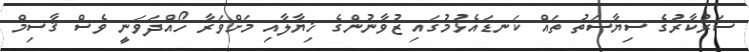
ސަރުކާރުގެ ސިޔާސަތު ތައް ކަނޑައެޅުމުގައި ޒުވާނުންގެ ޚިޔާލާއި މަށްވަރާ ހޯއްދަވަނީ ވެސް ޤާސިމް